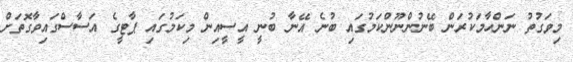
މިވަގުތު ނަންހާމަކުރަން ބޭނުންނޫންކަމުގައި ބުނެ އޭނާ ބުނީ އީސީއިން މިކަމުގައި ޕާޓީގެ އަސާސްގައިވާގޮތަށް